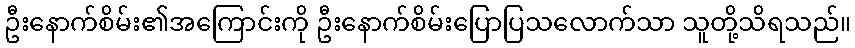
ဦးနောက်စိမ်း၏အကြောင်းကို ဦးနောက်စိမ်းပြောပြသလောက်သာ သူတို့သိရသည်။